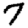
Digit: 7